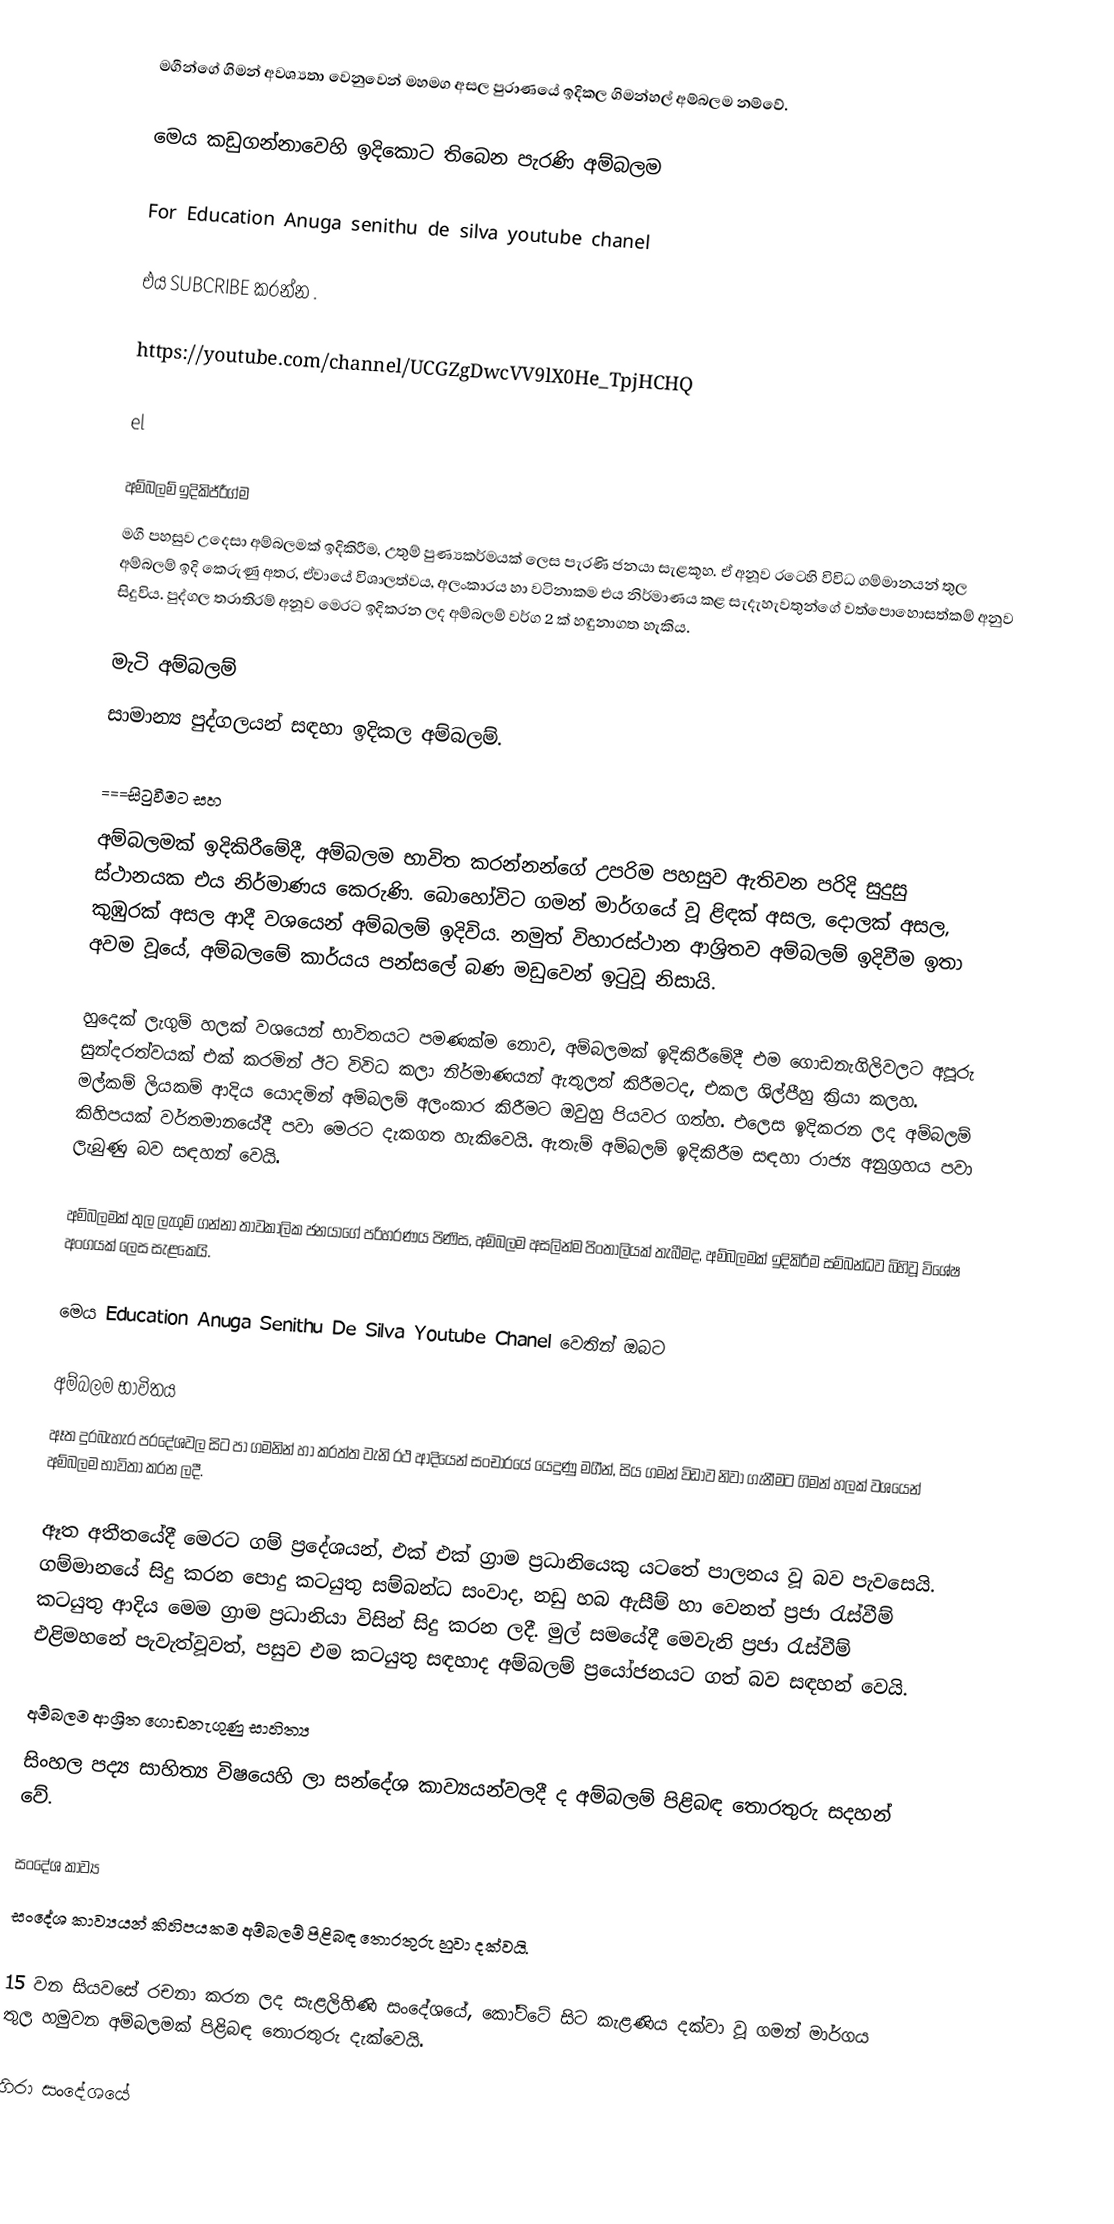
මගීන්ගේ ගිමන් අවශ්‍යතා වෙනුවෙන් මහමග අසල පුරාණයේ ඉදිකල ගිමන්හල්  අම්බලම නම්වේ.

මෙය කඩුගන්නාවෙහි ඉදිකොට තිබෙන පැරණි අම්බලම

For Education Anuga senithu de silva youtube chanel

එය SUBCRIBE කරන්න .

https://youtube.com/channel/UCGZgDwcVV9lX0He_TpjHCHQ

el

අම්බලම් ඉදිකිජ්රීග්ම
මගී පහසුව උදෙසා අම්බලමක් ඉදිකිරීම, උතුම් පුණ්‍යකර්මයක්‌ ලෙස පැරණි ජනයා සැළකූහ. ඒ අනූව රටෙහි විවිධ ගම්මානයන් තුල අම්බලම් ඉදි කෙරුණු අතර, ඒවායේ විශාලත්වය, අලංකාරය හා වටිනාකම එය නිර්මාණය කළ සැදැහැවතුන්ගේ වත්පොහොසත්කම් අනුව සිදුවිය. පුද්ගල තරාතිරම් අනූව මෙරට ඉදිකරන ලද අම්බලම් වර්ග 2 ක් හඳුනාගත හැකිය.

මැටි අම්බලම්
සාමාන්‍ය පුද්ගලයන් සඳහා ඉදිකල අම්බලම්.

===සිටුවීමට සහ
අම්බලමක් ඉදිකිරීමේදී, අම්බලම භාවිත කරන්නන්ගේ උපරිම පහසුව ඇතිවන පරිදි සුදුසු ස්ථානයක එය නිර්මාණය කෙරුණි. බොහෝවිට ගමන් මාර්ගයේ වූ ළිඳක්‌ අසල, දොලක්‌ අසල, කුඹුරක්‌ අසල ආදී වශයෙන් අම්බලම් ඉදිවිය. නමුත් විහාරස්‌ථාන ආශ්‍රිතව අම්බලම් ඉදිවීම ඉතා අවම වූයේ, අම්බලමේ කාර්යය පන්සලේ බණ මඩුවෙන් ඉටුවූ නිසායි.

හුදෙක් ලැගුම් හලක් වශයෙන් භාවිතයට පමණක්ම නොව, අම්බලමක් ඉදිකිරීමේදී එම ගොඩනැගිලිවලට අපූරු සුන්දරත්වයක් එක් කරමින් ඊට විවිධ කලා නිර්මාණයන් ඇතුලත් කිරීමටද, එකල ශිල්පීහු ක්‍රියා කලහ. මල්කම් ලියකම් ආදිය යොදමින් අම්බලම් අලංකාර කිරීමට ඔවුහු පියවර ගත්හ. එලෙස ඉදිකරන ලද අම්බලම් කිහිපයක් වර්තමානයේදී පවා මෙරට දැකගත හැකිවෙයි. ඇතැම් අම්බලම් ඉදිකිරීම සඳහා රාජ්‍ය අනුග්‍රහය පවා ලැබුණු බව සඳහන් වෙයි.

අම්බලමක් තුල ලැගුම් ගන්නා තාවකාලික ජනයාගේ පරිහරණය පිණිස, අම්බලම අසලින්ම පිංතාලියක් තැබීමද, අම්බලමක් ඉදිකිරීම සම්බන්ධව බිහිවූ විශේෂ අංගයක් ලෙස සැළකෙයි.

මෙය Education Anuga Senithu De Silva Youtube Chanel වෙතින් ඔබට

අම්බලම භාවිතය
ඈත දුරබැහැර ප‍්‍රදේශවල සිට පා ගමනින් හා කරත්ත වැනි රථ ආදියෙන් සංචාරයේ යෙදුණු මගීන්, සිය ගමන් විඩාව නිවා ගැනීමට ගිමන් හලක් වශයෙන් අම්බලම භාවිතා කරන ලදී.

ඈත අතීතයේදී මෙරට ගම් ප්‍රදේශයන්, එක් එක් ග්‍රාම ප්‍රධානියෙකු යටතේ පාලනය වූ බව පැවසෙයි. ගම්මානයේ සිදු කරන පොදු කටයුතු සම්බන්ධ සංවාද, නඩු හබ ඇසීම් හා වෙනත් ප්‍රජා රැස්වීම් කටයුතු ආදිය මෙම ග්‍රාම ප්‍රධානියා විසින් සිදු කරන ලදී. මුල් සමයේදී මෙවැනි ප්‍රජා රැස්වීම් එළිමහනේ පැවැත්වූවත්, පසුව එම කටයුතු සඳහාද අම්බලම් ප්‍රයෝජනයට ගත් බව සඳහන් වෙයි.

අම්බලම ආශ්‍රිත ගොඩනැගුණු සාහිත්‍ය
සිංහල පද්‍ය සාහිත්‍ය විෂයෙහි ලා සන්දේශ කාව්‍යයන්වලදී ද අම්බලම් පිළිබඳ තොරතුරු සදහන් වේ.

සංදේශ කාව්‍ය
සංදේශ කාව්‍යයන් කිහිපයකම අම්බලම් පිළිබඳ තොරතුරු හුවා දක්වයි.

15 වන සියවසේ රචනා කරන ලද  සැළලිහිණි සංදේශයේ, කෝට්ටේ සිට කැළණිය දක්වා වූ ගමන් මාර්ගය තුල හමුවන අම්බලමක් පිළිබඳ තොරතුරු දැක්වෙයි.

ගිරා සංදේශයේ